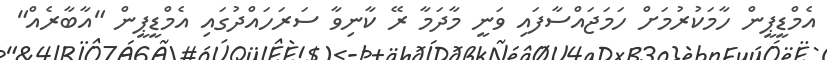
އެމްޑީޕީން ހާމަކުރުމަށް ހަމަޖައްސާފައި ވަނީ މާދަމާ ރޭ ކާނިވާ ސަރަހައްދުގައި އެމްޑީޕީން "އާބާރެއް"